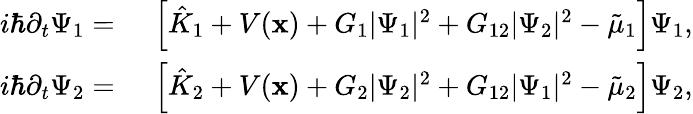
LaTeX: \begin{array}{rl}{i\hbar\partial_{t}\Psi_{1}=}&{{}\ \left[{\hat{K}}_{1}+V(\mathbf{x})+G_{1}|\Psi_{1}|^{2}+G_{12}|\Psi_{2}|^{2}-{\tilde{\mu}_{1}}\right]\Psi_{1},}\\ {i\hbar\partial_{t}\Psi_{2}=}&{{}\ \left[{\hat{K}}_{2}+V(\mathbf{x})+G_{2}|\Psi_{2}|^{2}+G_{12}|\Psi_{1}|^{2}-{\tilde{\mu}_{2}}\right]\Psi_{2},}\end{array}